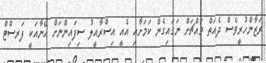
ރަޒާންހުރީވެސް ދެއަތް މައްޗަށް ނަގައިގެން ކަމަށާއި އެއީ އިސްރާއީލު ސިފައިންނަށް އޭނާއަކީ ފަރސްޓް